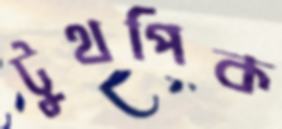
টুথপিক